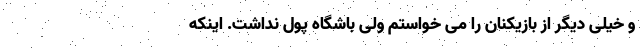
و خیلی دیگر از بازیکنان را می خواستم ولی باشگاه پول نداشت. اینکه